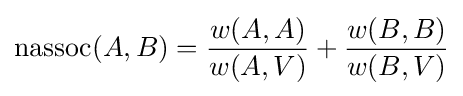
\operatorname {nassoc} (A,B)={\frac {w(A,A)}{w(A,V)}}+{\frac {w(B,B)}{w(B,V)}}